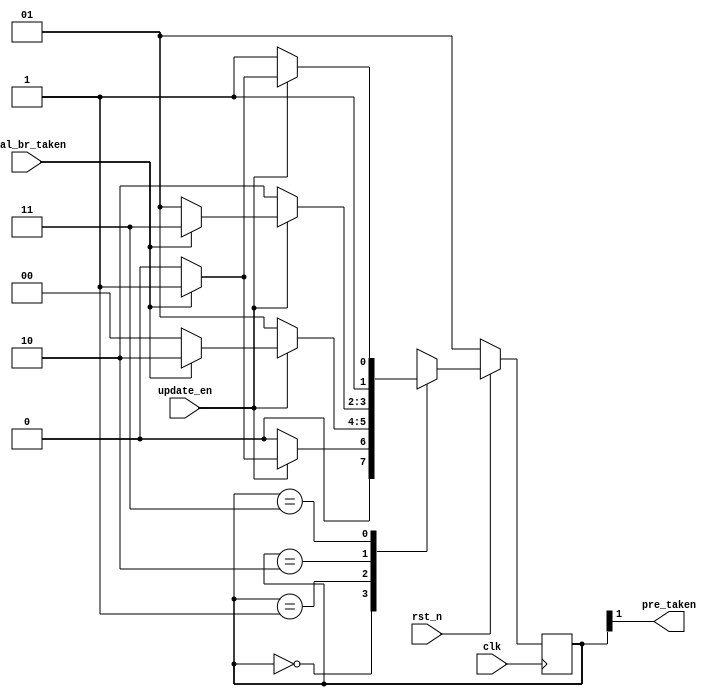
module two_bit_sat_counter (clk,rst_n,update_en,real_br_taken,pre_taken);
    input clk,rst_n,update_en;
    input real_br_taken;        //the branch inst real result   1:taken 0:not taken
    output pre_taken;   //the prediction of branch inst result

    reg [1:0] state,next_state;

    parameter taken=1'b1;
    parameter not_taken=1'b0;
    parameter strongly_not_taken=2'b00;
    parameter weakly_not_taken=2'b01;
    parameter weakly_taken=2'b10;
    parameter strongly_taken=2'b11;

    assign pre_taken=state[1];

    always @ (state or update_en) begin
        //if (update_en) begin
            case(state)
            strongly_not_taken: begin   
                                if (update_en) next_state=real_br_taken?weakly_not_taken:strongly_not_taken;
                                else next_state=strongly_not_taken;
                                end
            weakly_not_taken:   begin
                                if (update_en) next_state=real_br_taken?weakly_taken:strongly_not_taken;
                                else next_state=weakly_not_taken;
                                end
            weakly_taken:       begin
                                if (update_en) next_state=real_br_taken?strongly_taken:weakly_not_taken;
                                else next_state=weakly_taken;
                                end
            strongly_taken:     begin
                                if (update_en) next_state=real_br_taken?strongly_taken:weakly_taken;
                                else next_state=strongly_taken;
                                end
            endcase                 
        //end
    end

    always @ (posedge clk) begin
        if (!rst_n) begin
            state<=weakly_not_taken;
        end
        else state<=next_state;
    end

endmodule